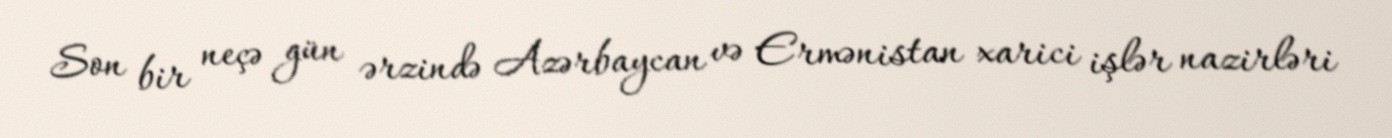
Son bir neçə gün ərzində Azərbaycan və Ermənistan xarici işlər nazirləri